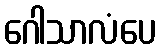
ဂေါသာလံပေ